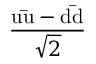
\frac { \mathrm { u { \bar { u } } } - \mathrm { d { \bar { d } } } } { \sqrt { 2 } }